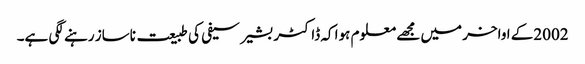
2002کے اواخر میں مجھے معلوم ہوا کہ ڈاکٹر بشیر سیفی کی طبیعت ناساز رہنے لگی ہے۔